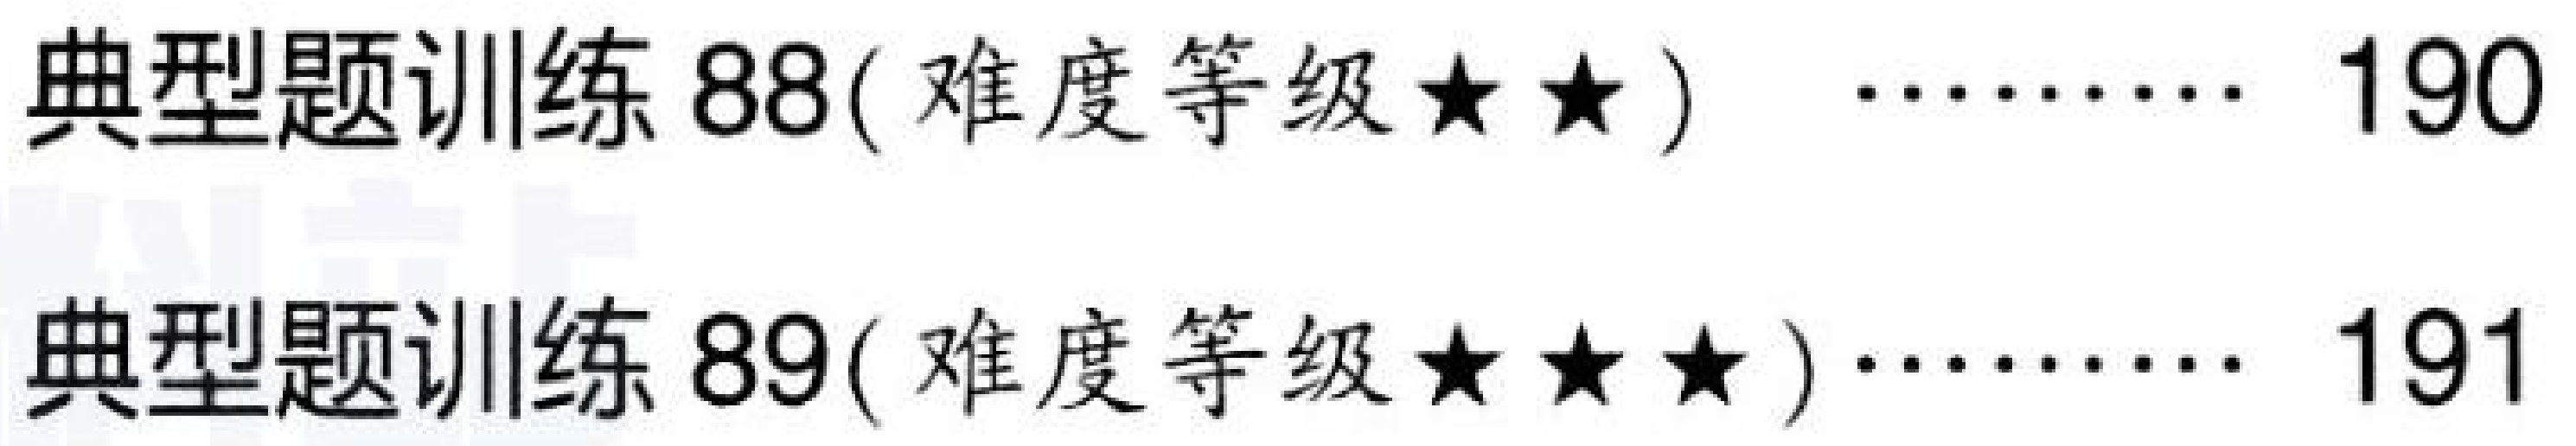
典型题训练 88( 难度等级$\star\star$) $\cdots\cdots$ 190\\
典型题训练 89( 难度等级$\star\star\star$)$\cdots\cdots$ 191